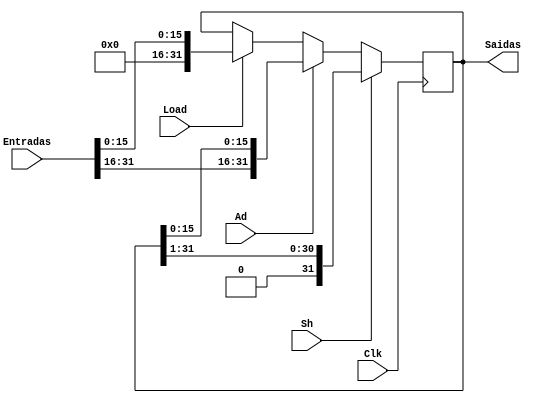
module Acc (Saidas, Entradas, Load, Sh, Ad, Clk);
output [31:0] Saidas;
input [31:0]Entradas;
input Load, Sh, Ad, Clk;

reg [31:0] aux;
assign Saidas = aux;

always @(posedge Clk) begin

		if (Load) begin
			aux <= {16'b0000000000000000, Entradas[15:0]};
		end
		if (Ad) begin
			aux <= {Entradas[31:16],aux[15:0]};
		end
		if (Sh) begin 
			aux <= {1'b0,aux[31:1]};
		end

end

endmodule